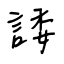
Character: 諉